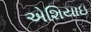
એશિયાઇ